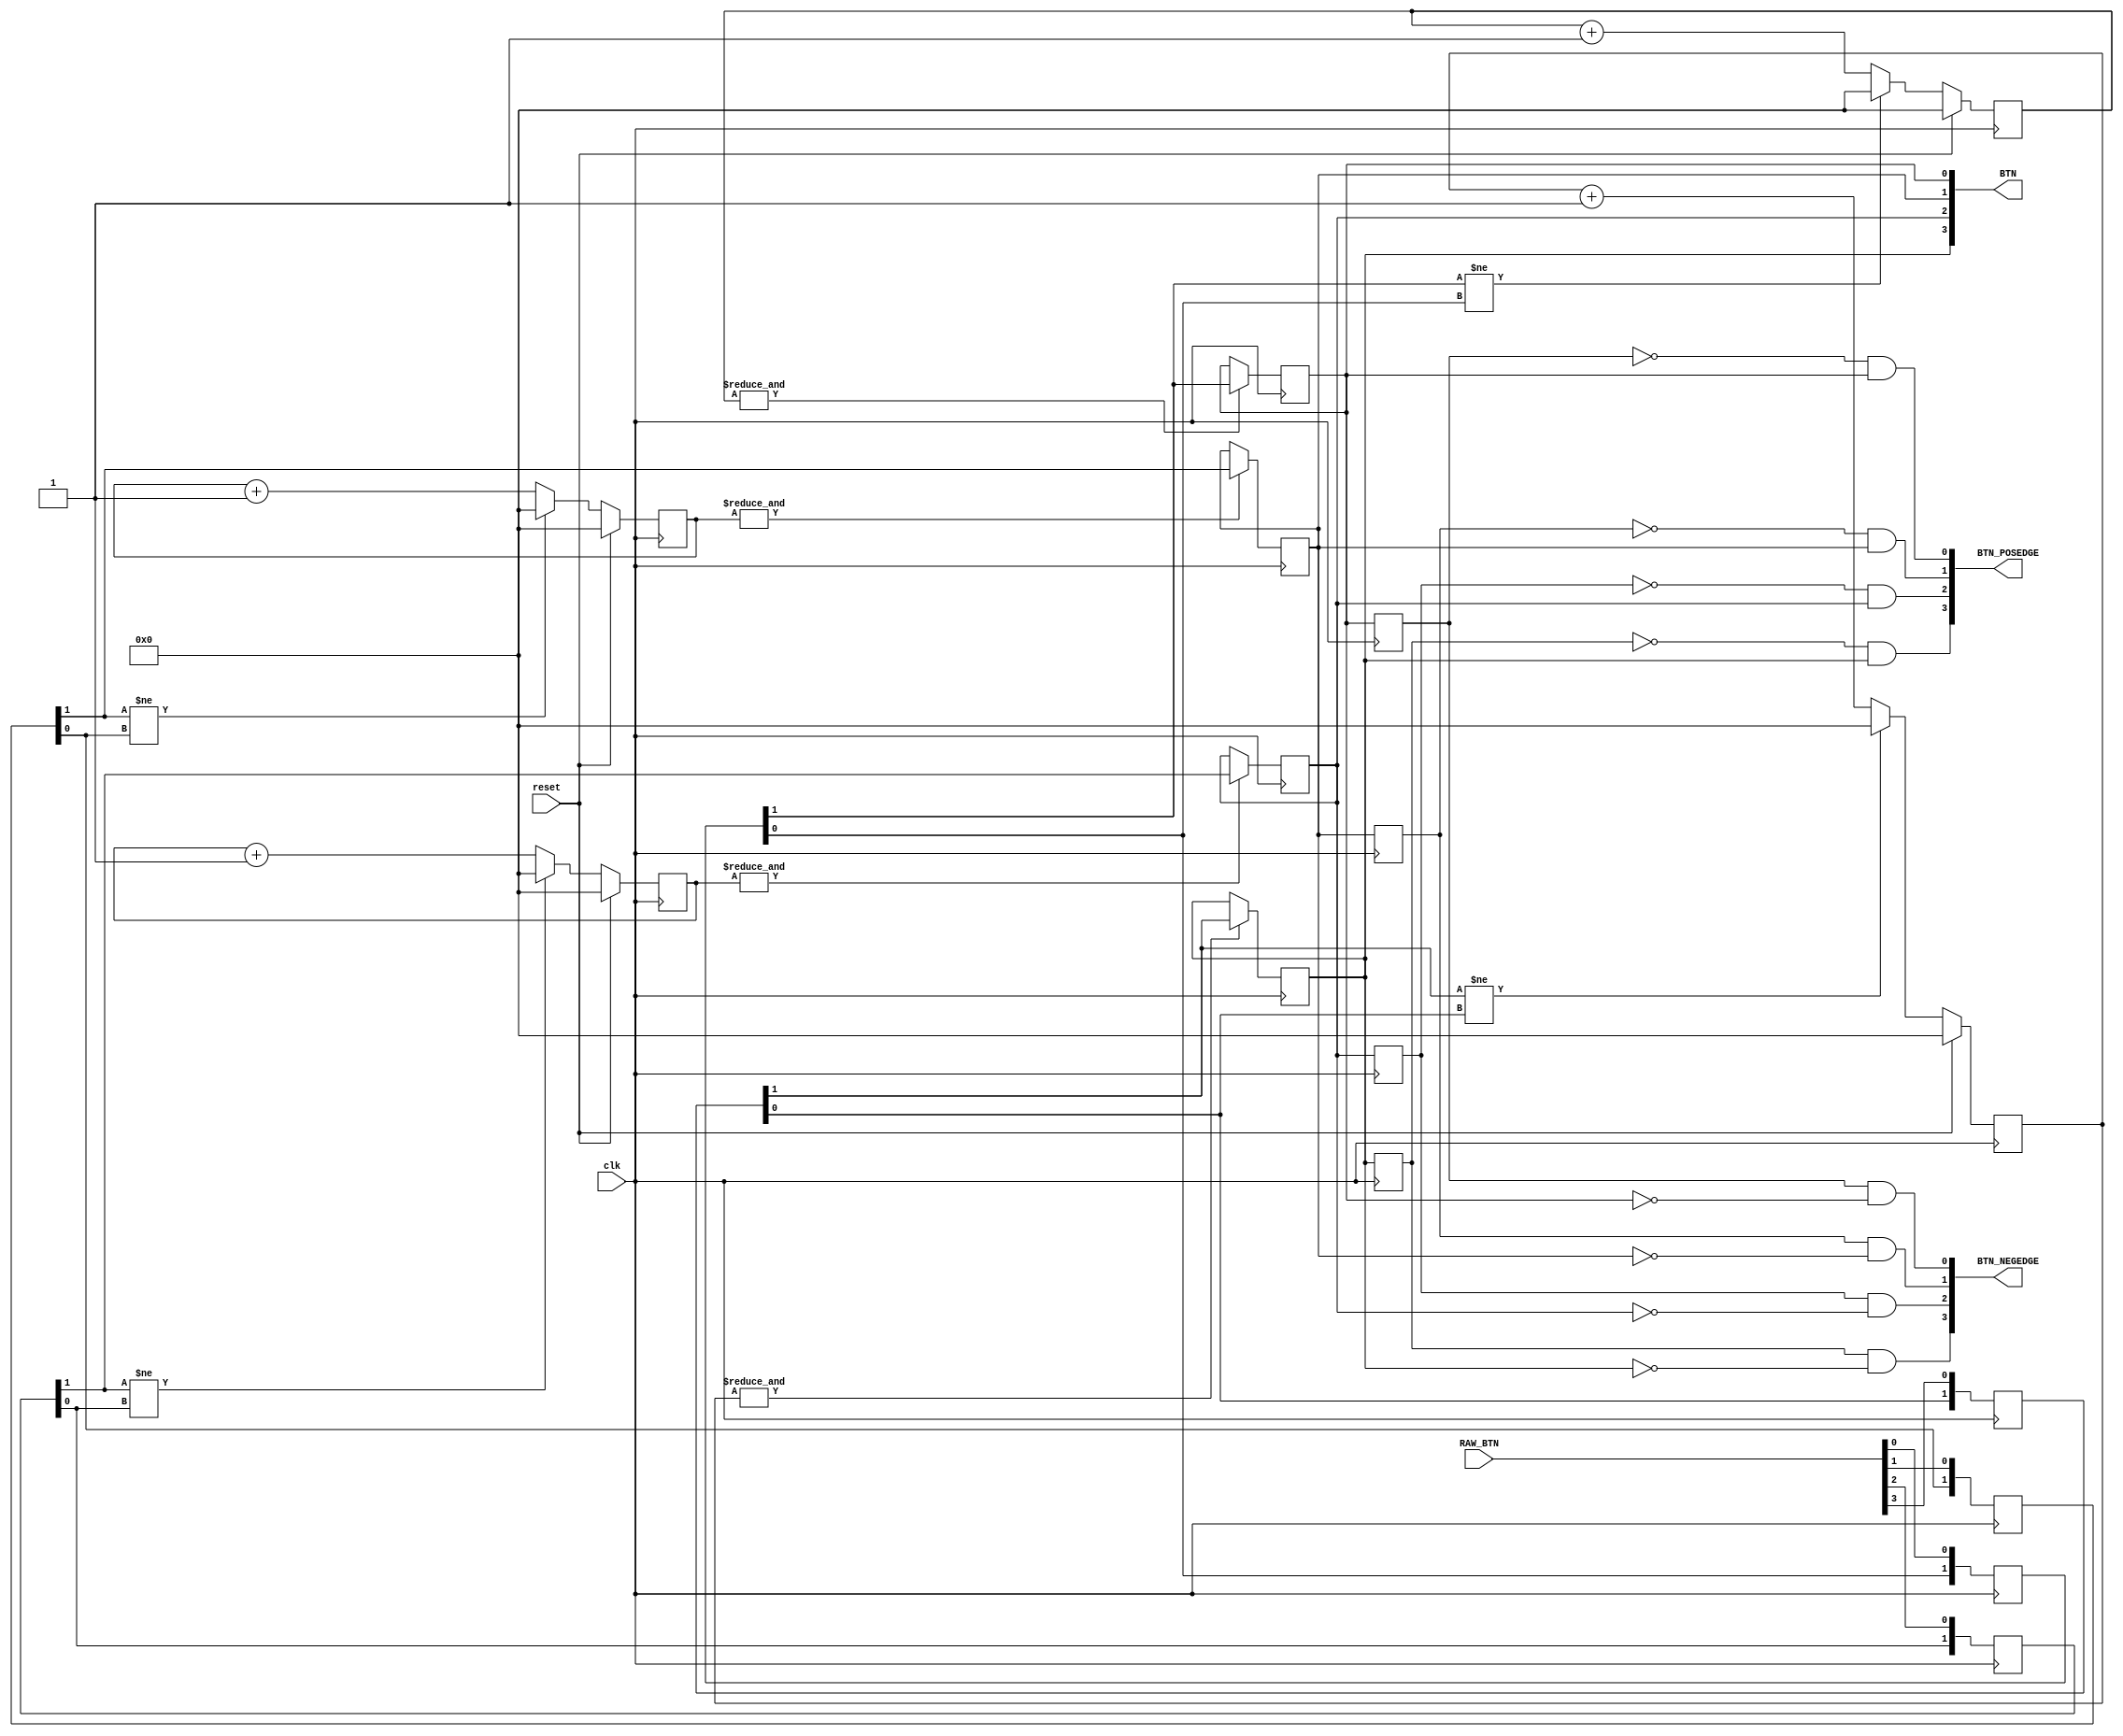
// This program was cloned from: https://github.com/DigitalDesignSchool/ce2020labs
// License: MIT License

module button_debouncer
#( parameter DEBOUNCE_TIMER = 10
)
(
	input clk, reset,
	input [3:0] RAW_BTN,
	output [3:0] BTN,
	output [3:0] BTN_POSEDGE,
	output [3:0] BTN_NEGEDGE
);

reg [3:0] states_of_button_0, states_of_button_1, states_of_button_2,states_of_button_3;
reg [DEBOUNCE_TIMER:0] counter [3:0];
wire [3:0] state_changed;
//wire [1:0] key_states_0, key_states_1, key_states_2, key_states_3;

//fetching raw button state
always@(posedge clk) begin
states_of_button_0[1:0]<= {states_of_button_0[0],RAW_BTN[0]};
states_of_button_1[1:0]<= {states_of_button_1[0],RAW_BTN[1]};
states_of_button_2[1:0]<= {states_of_button_2[0],RAW_BTN[2]};
states_of_button_3[1:0]<= {states_of_button_3[0],RAW_BTN[3]};
end

//waiting bounce to finish
always@(posedge clk) begin
if(reset) begin
counter[0]<=0;
counter[1]<=0;
counter[2]<=0;
counter[3]<=0;
end else begin
if(!state_changed[0]) counter[0]<=counter[0]+1;
else if(state_changed[0]) counter[0]<=0;

if(!state_changed[1]) counter[1]<=counter[1]+1;
else if(state_changed[1]) counter[1]<=0;

if(!state_changed[2]) counter[2]<=counter[2]+1;
else if(state_changed[2]) counter[2]<=0;

if(!state_changed[3]) counter[3]<=counter[3]+1;
else if(state_changed[3]) counter[3]<=0;
end
end

//fetching debounced state
always@(posedge clk) begin
if(&counter[0]) states_of_button_0[2]<= states_of_button_0[1];
if(&counter[1]) states_of_button_1[2]<= states_of_button_1[1];
if(&counter[2]) states_of_button_2[2]<= states_of_button_2[1];
if(&counter[3])states_of_button_3[2]<= states_of_button_3[1];
end

//fetching debounced posedge or negedge
always@(posedge clk) begin
states_of_button_0[3]<=states_of_button_0[2];
states_of_button_1[3]<=states_of_button_1[2];
states_of_button_2[3]<=states_of_button_2[2];
states_of_button_3[3]<=states_of_button_3[2];
end

//assign key_states_0={states_of_button_0[2],states_of_button_0[1]};
//assign key_states_1={states_of_button_1[2],states_of_button_1[1]};
//assign key_states_2={states_of_button_2[2],states_of_button_2[1]};
//assign key_states_3={states_of_button_0[2],states_of_button_3[1]};

assign state_changed[0] = (states_of_button_0[1]!=states_of_button_0[0]);
assign state_changed[1] = (states_of_button_1[1]!=states_of_button_1[0]);
assign state_changed[2] = (states_of_button_2[1]!=states_of_button_2[0]);
assign state_changed[3] = (states_of_button_3[1]!=states_of_button_3[0]);

assign BTN[0] = states_of_button_0[2];
assign BTN[1] = states_of_button_1[2];
assign BTN[2] = states_of_button_2[2];
assign BTN[3] = states_of_button_3[2];

assign BTN_POSEDGE[0] = ~states_of_button_0[3]&states_of_button_0[2];
assign BTN_POSEDGE[1] = ~states_of_button_1[3]&states_of_button_1[2];
assign BTN_POSEDGE[2] = ~states_of_button_2[3]&states_of_button_2[2];
assign BTN_POSEDGE[3] = ~states_of_button_3[3]&states_of_button_3[2];

assign BTN_NEGEDGE[0] = states_of_button_0[3]&~states_of_button_0[2];
assign BTN_NEGEDGE[1] = states_of_button_1[3]&~states_of_button_1[2];
assign BTN_NEGEDGE[2] = states_of_button_2[3]&~states_of_button_2[2];
assign BTN_NEGEDGE[3] = states_of_button_3[3]&~states_of_button_3[2];

endmodule